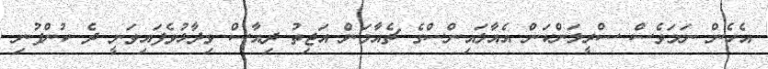
އެހެން ނަމަވެސް ސްރީލަންކަން އެއާލައިންސްގެ ޗެއާމަން އަޖިތު ދިއާސް ވިދާޅުވެފައިވަނީ ދެ ކުންފުނި